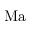
\mathrm { M a }